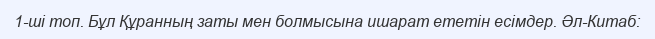
1-ші топ. Бұл Құранның заты мен болмысына ишарат ететін есімдер. Әл-Китаб: